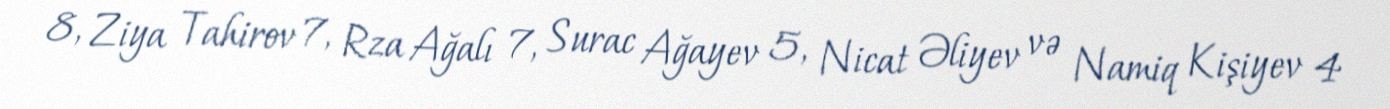
8, Ziya Tahirov 7, Rza Ağalı 7, Surac Ağayev 5, Nicat Əliyev və Namiq Kişiyev 4